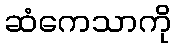
ဆံကေသာကို